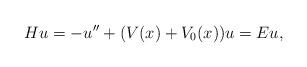
LaTeX: \begin{align*} Hu=-u^{\prime\prime}+(V(x)+V_0(x))u=Eu,\end{align*}